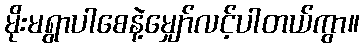
မိုးမရွာပါစေနဲ့မျှော်လင့်ပါတယ်ကွာ။